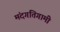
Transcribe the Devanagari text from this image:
मंदगतिगामी